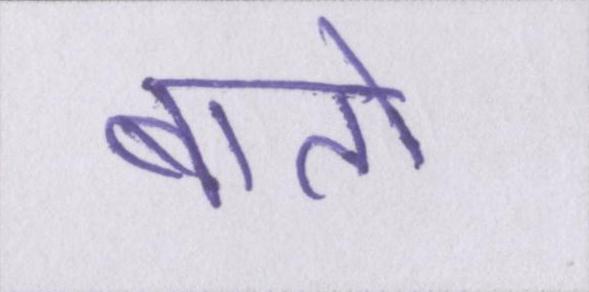
बातो